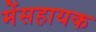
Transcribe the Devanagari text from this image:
मेंसहायक